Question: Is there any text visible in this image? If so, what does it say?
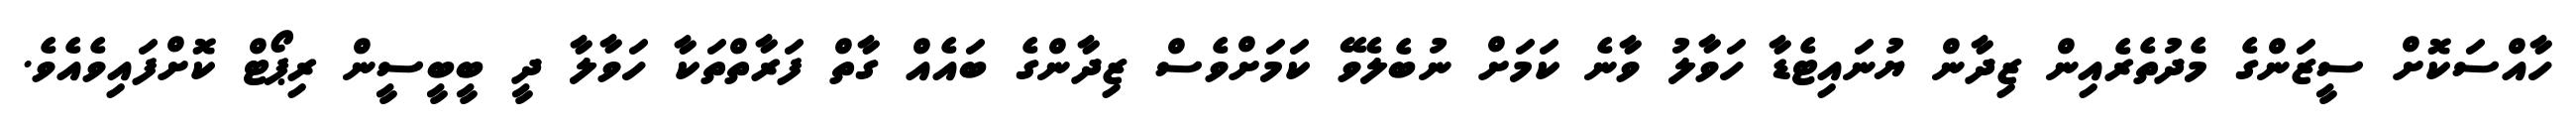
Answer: ހާއްސަކޮށް ސީޒަންގެ މެދުތެރެއިން ޒިދާން ޔުނައިޓެޑާ ހަވާލު ވާނެ ކަމަށް ނުބެލެވޭ ކަމަށްވެސް ޒިދާންގެ ބައެއް ގާތް ފަރާތްތަކާ ހަވާލާ ދީ ބީބީސީން ރިޕޯޓް ކޮށްފައިވެއެވެ.